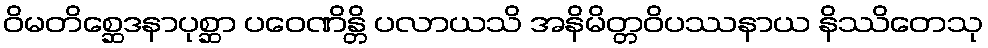
ဝိမတိစ္ဆေဒနာပုစ္ဆာ ပဝေဏိန္တိ ပလာယသိ အနိမိတ္တဝိပဿနာယ နိဿိတေသု